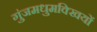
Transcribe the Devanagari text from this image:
गुंजमधुमक्खियों